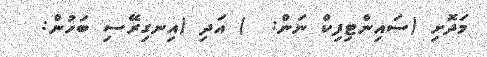
މަދޮށި (ސައިންޓިފިކް ނަން:  ) އަދި (އިނގިރޭސި ބަހުން: